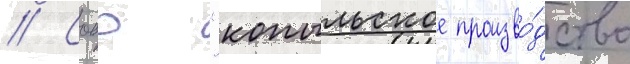
// Сооо "копыльское произво́дство